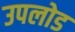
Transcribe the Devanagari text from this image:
उपलोड